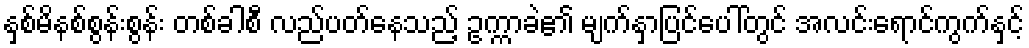
နှစ်မိနစ်စွန်းစွန်း တစ်ခါစီ လည်ပတ်နေသည့် ဥက္ကာခဲ၏ မျက်နှာပြင်ပေါ်တွင် အလင်းရောင်ကွက်နှင့်